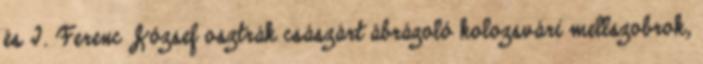
és I. Ferenc József osztrák császárt ábrázoló kolozsvári mellszobrok,